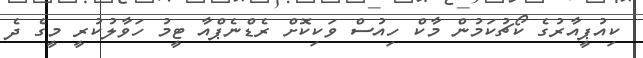
ކިއުޕީއާރުގެ ކޯޗުކަމުން މާކް ހިއުސް ވަކިކޮށް ރެޑްނެޕްއާ ޓީމު ހަވާލުކުރީ މީގެ ދެ